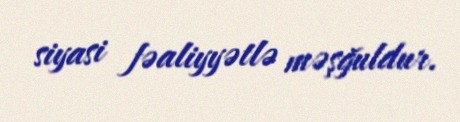
siyasi fəaliyyətlə məşğuldur.